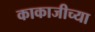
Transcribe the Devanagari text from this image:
काकाजीच्या